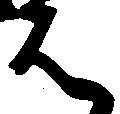
は